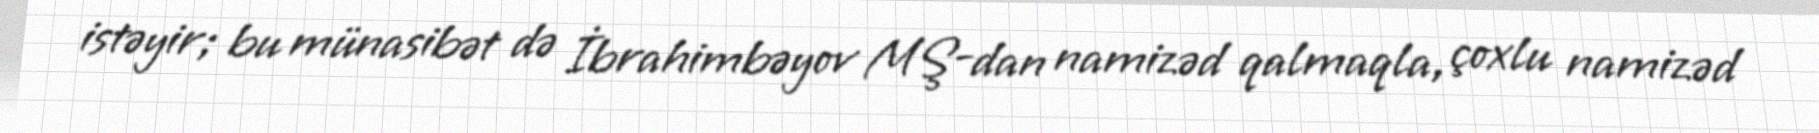
istəyir; bu münasibət də İbrahimbəyov MŞ-dan namizəd qalmaqla, çoxlu namizəd